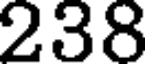
238